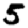
Digit: 5